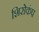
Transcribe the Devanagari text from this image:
शिरोकंप